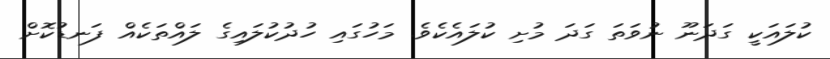
ކުލައަކީ ގަދަނޫ ނުވަތަ ގަދަ މުށި ކުލައެކެވެ. މަހުގައި ހުދުކުލައިގެ ލައްތަކެއް ފަނޑުކޮށް